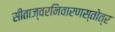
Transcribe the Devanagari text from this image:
सीताज्वरनिवारणस्तोत्र